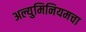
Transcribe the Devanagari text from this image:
अल्युमिनियमचा